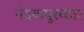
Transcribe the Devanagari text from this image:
नंदकपुरव्दार